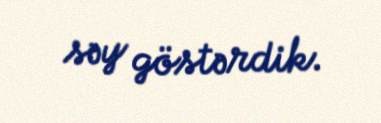
səy göstərdik.